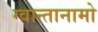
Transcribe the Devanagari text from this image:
ग्वान्तानामो